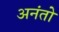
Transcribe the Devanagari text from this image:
अनंतो